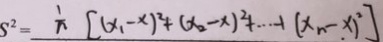
S ^ { 2 } = \frac { 1 } { n } [ ( x _ { 1 } - x ) ^ { 2 } + ( x _ { 2 } - x ) ^ { 2 } + \cdots + ( x _ { n } - x ) ^ { 2 } ]